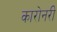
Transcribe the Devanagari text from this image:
कारोनरी